Madras plague regulations in force outside the Presidency town - Volume 5
Disease focus: Plague
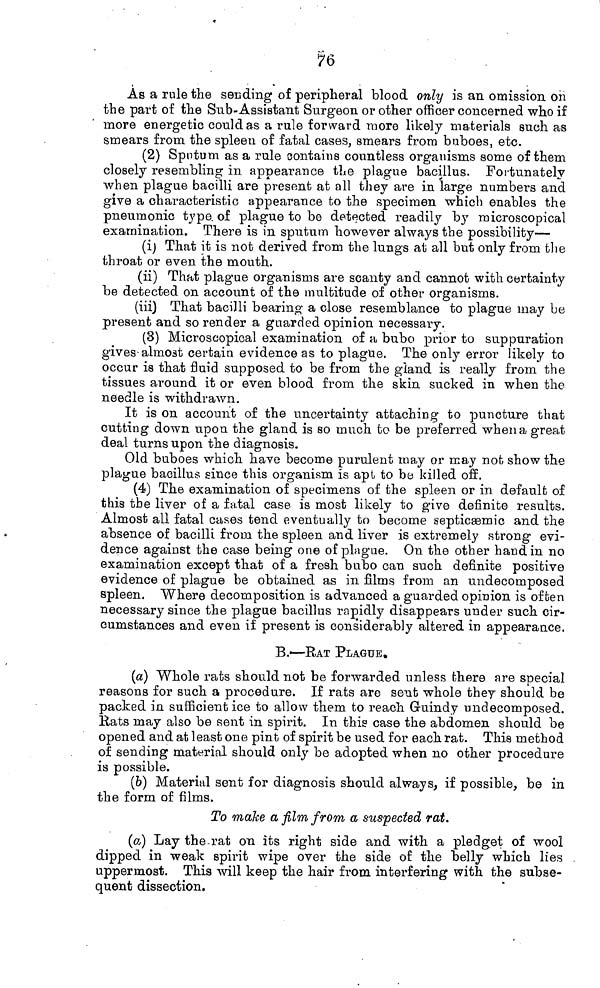
76
As a rule the sending of peripheral blood only is an omission on
the part of the Sub-Assistant Surgeon or other officer concerned who if
more energetic could as a rule forward more likely materials such as
smears from the spleen of fatal cases, smears from buboes, etc.
(2) Sputum as a rule contains countless organisms some of them
closely resembling in appearance the plague bacillus. Fortunately
when plague bacilli are present at all they are in large numbers and
give a characteristic appearance to the specimen which enables the
pneumonic type of plague to be detected readily by microscopical
examination. There is in sputum however always the possibility—
(i) That it is not derived from the lungs at all but only from the
throat or even the mouth.
(ii) That plague organisms are scanty and cannot with certainty
be detected on account of the multitude of other organisms.
(iii) That bacilli bearing a close resemblance to plague may be
present and so render a guarded opinion necessary.
(3) Microscopical examination of a bubo prior to suppuration
gives almost certain evidence as to plague. The only error likely to
occur is that fluid supposed to be from the gland is really from the
tissues around it or even blood from the skin sucked in when the
needle is withdrawn.
It is on account of the uncertainty attaching to puncture that
cutting down upon the gland is so much to be preferred when a great
deal turns upon the diagnosis.
Old buboes which have become purulent may or may not show the
plague bacillus since this organism is apt to be killed off.
(4) The examination of specimens of the spleen or in default of
this the liver of a fatal case is most likely to give definite results.
Almost all fatal cases tend eventually to become septicæmic and the
absence of bacilli from the spleen and liver is extremely strong evi-
dence against the case being one of plague. On the other hand in no
examination except that of a fresh bubo can such definite positive
evidence of plague be obtained as in films from an undecomposed
spleen. Where decomposition is advanced a guarded opinion is often
necessary since the plague bacillus rapidly disappears under such cir-
cumstances and even if present is considerably altered in appearance.
B.—EAT PLAGUE.
(a) Whole rats should not be forwarded unless there are special
reasons for such a procedure. If rats are sent whole they should be
packed in sufficient ice to allow them to reach Guindy undecomposed.
Rats may also be sent in spirit. In this case the abdomen should be
opened and at least one pint of spirit be used for each rat. This method
of sending material should only be adopted when no other procedure
is possible.
(b) Material sent for diagnosis should always, if possible, be in
the form of films.
To make a film from a suspected rat.
(a) Lay the rat on its right side and with a pledget of wool
dipped in weak spirit wipe over the side of the belly which lies
uppermost. This will keep the hair from interfering with the subse-
quent dissection.